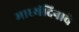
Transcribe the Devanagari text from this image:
माध्यंदिनाचे